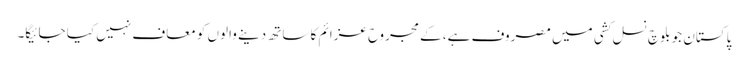
پاکستان جو بلوچ نسل کشی میں مصروف ہے، کے مجروح عزائم کا ساتھ دینے والوں کو معاف نہیں کیا جائیگا۔